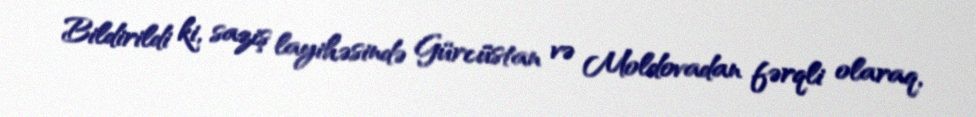
Bildirildi ki, saziş layihəsində Gürcüstan və Moldovadan fərqli olaraq,